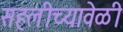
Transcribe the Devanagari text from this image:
सहलीच्यावेळी